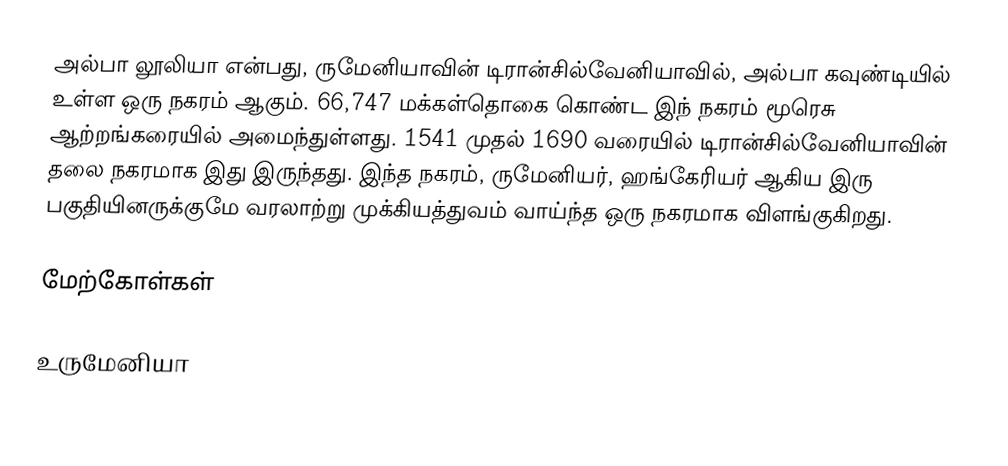
அல்பா லூலியா என்பது, ருமேனியாவின் டிரான்சில்வேனியாவில், அல்பா கவுண்டியில் உள்ள ஒரு நகரம் ஆகும். 66,747 மக்கள்தொகை கொண்ட இந் நகரம் மூரெசு ஆற்றங்கரையில் அமைந்துள்ளது. 1541 முதல் 1690 வரையில் டிரான்சில்வேனியாவின் தலை நகரமாக இது இருந்தது. இந்த நகரம், ருமேனியர், ஹங்கேரியர் ஆகிய இரு பகுதியினருக்குமே வரலாற்று முக்கியத்துவம் வாய்ந்த ஒரு நகரமாக விளங்குகிறது.

மேற்கோள்கள்

உருமேனியா